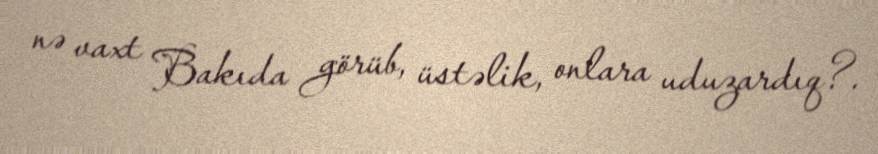
nə vaxt Bakıda görüb, üstəlik, onlara uduzardıq?.